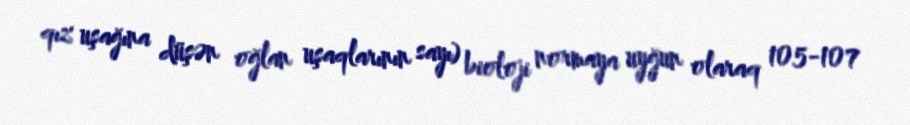
qız uşağına düşən oğlan uşaqlarının sayı) bioloji normaya uyğun olaraq 105-107